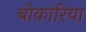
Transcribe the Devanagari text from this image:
बोकारिया